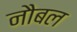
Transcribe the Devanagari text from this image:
नौबल